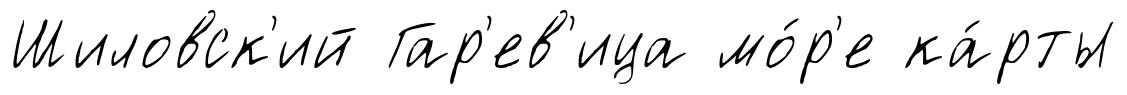
Шиловск'ий Гар'ев'ица мо́р'е ка́рты